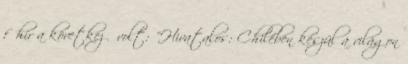
főhír a következő volt: "Hivatalos: Chilében készül a világon